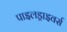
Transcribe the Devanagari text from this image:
पाइलड्राइवर्स